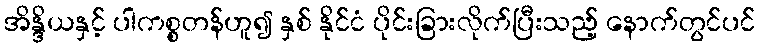
အိန္ဒိယနှင့် ပါကစ္စတန်ဟူ၍ နှစ် နိုင်ငံ ပိုင်းခြားလိုက်ပြီးသည့် နောက်တွင်ပင်